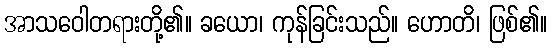
အာသဝေါတရားတို့၏။ ခယော၊ ကုန်ခြင်းသည်။ ဟောတိ၊ ဖြစ်၏။